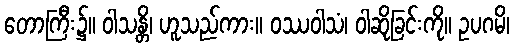
တောကြီး၌။ ဝါသန္တိ၊ ဟူသည်ကား။ ဝဿဝါသံ၊ ဝါဆိုခြင်းကို။ ဥပဂမိ၊